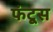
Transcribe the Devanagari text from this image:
फंटूस